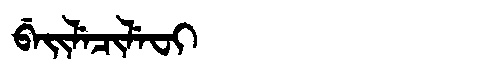
Manchu: ᠪᡝᡳᠯᡝᠴᡳᠯᡝᠸᡳ
Romanization: BEILECILEFI